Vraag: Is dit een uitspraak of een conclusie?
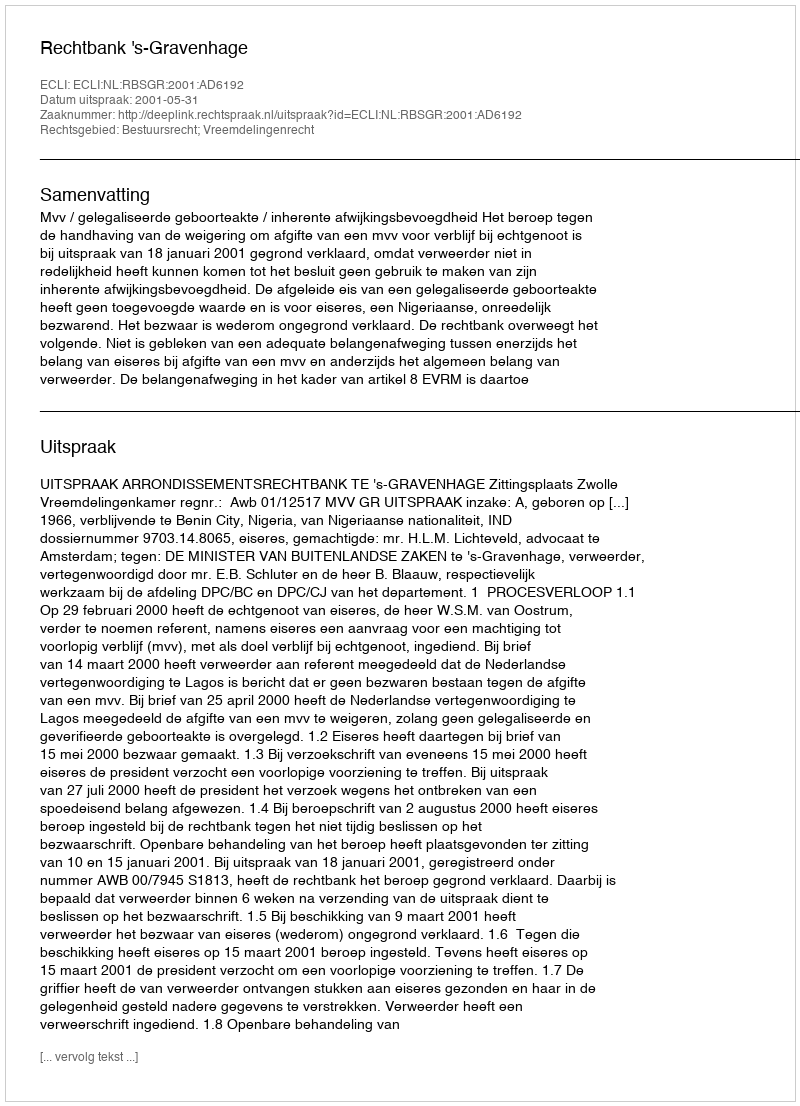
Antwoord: Uitspraak